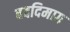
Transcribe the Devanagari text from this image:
बददिमाग़